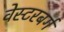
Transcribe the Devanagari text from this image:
वेस्टरबर्ग